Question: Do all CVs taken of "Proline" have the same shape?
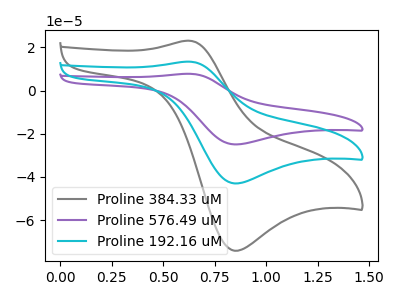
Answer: <think>The gray curve "Proline 384.33 uM" has an anodic peak at (0.60V, 23.10uA) and a cathodic peak at (0.85V, -74.15uA). The purple curve "Proline 576.49 uM" has an anodic peak at (0.60V, 26.75uA) and a cathodic peak at (0.85V, -86.00uA). The cyan curve "Proline 192.16 uM" has an anodic peak at (0.60V, 13.40uA) and a cathodic peak at (0.85V, -43.00uA).
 All the peaks in "Proline 384.33 uM" have a peak in "Proline 576.49 uM" at the same potential. Every peak in "Proline 384.33 uM" is lower than every peak in "Proline 576.49 uM". All the peaks in "Proline 384.33 uM" have a peak in "Proline 192.16 uM" at the same potential. Every peak in "Proline 384.33 uM" is higher than every peak in "Proline 192.16 uM". All the peaks in "Proline 576.49 uM" have a peak in "Proline 192.16 uM" at the same potential. Every peak in "Proline 576.49 uM" is higher than every peak in "Proline 192.16 uM".</think>
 <answer>All the CV's of "Proline" have similar shape.</answer>
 <eval>follow_rule</eval>